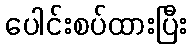
ပေါင်းစပ်ထားပြီး